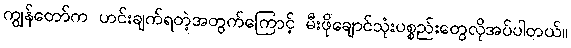
ကျွန်တော်က ဟင်းချက်ရတဲ့အတွက်ကြောင့် မီးဖိုချောင်သုံးပစ္စည်းတွေလိုအပ်ပါတယ်။